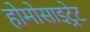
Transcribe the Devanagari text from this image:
होमोसाइट्रेट